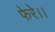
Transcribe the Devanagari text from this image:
फेरे।।